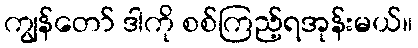
ကျွန်တော် ဒါကို စစ်ကြည့်ရအုန်းမယ်။